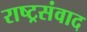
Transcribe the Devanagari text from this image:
राष्ट्रसंवाद